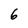
Character: 6